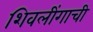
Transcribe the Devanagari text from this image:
शिवलींगाची